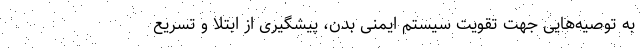
به توصیه‌هایی جهت تقویت سیستم ایمنی بدن، پیشگیری از ابتلا و تسریع